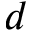
d